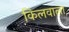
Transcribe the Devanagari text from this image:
किलवाला